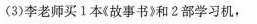
(3)李老师买1本《故事书》和2部学习机，